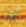
أقر